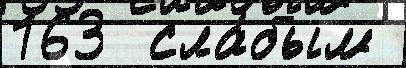
163  сла́бым